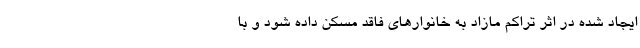
ایجاد شده در اثر تراکم مازاد به خانوارهای فاقد مسکن داده شود و با